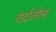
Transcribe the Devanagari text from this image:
वर्दालोस